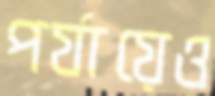
পর্যায়েও